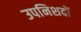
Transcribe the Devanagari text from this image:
उपनिशदों